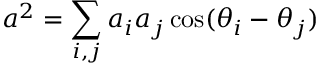
a ^ { 2 } = \sum _ { i , j } a _ { i } a _ { j } \cos ( \theta _ { i } - \theta _ { j } )